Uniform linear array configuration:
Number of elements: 4
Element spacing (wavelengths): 0.75
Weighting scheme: exponential
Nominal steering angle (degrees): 30
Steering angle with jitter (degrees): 30.04
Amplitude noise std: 0.05
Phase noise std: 0.05

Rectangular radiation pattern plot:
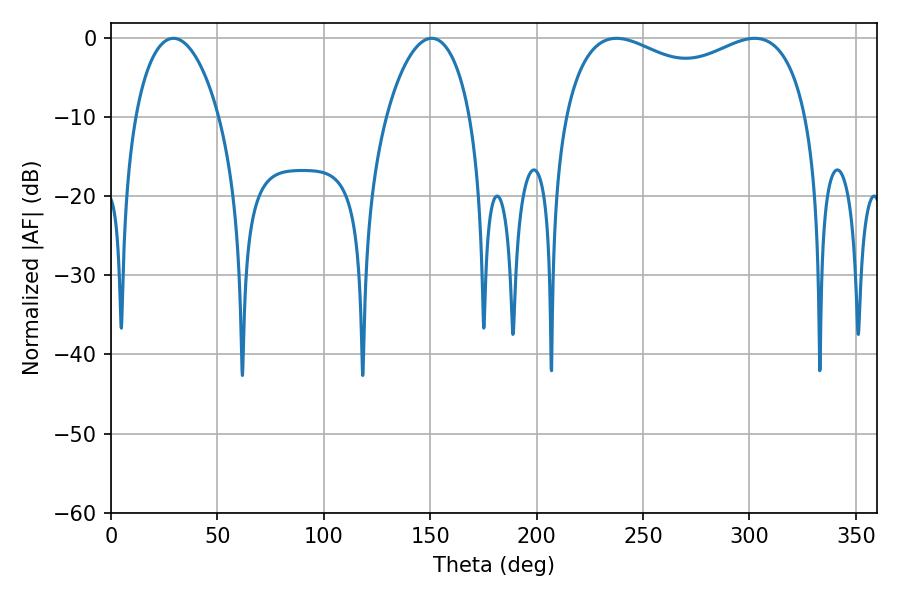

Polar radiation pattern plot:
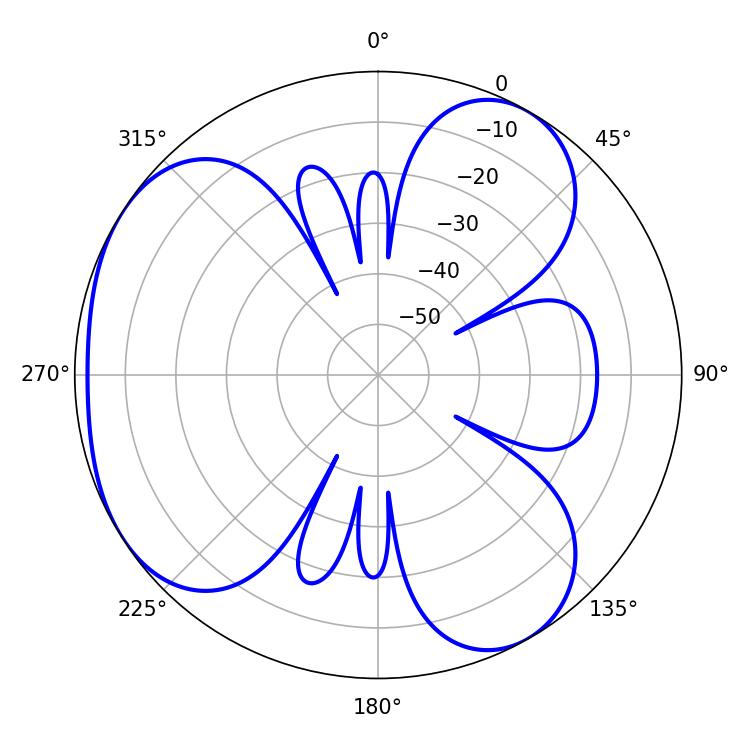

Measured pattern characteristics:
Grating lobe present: TRUE
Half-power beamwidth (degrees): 22.32
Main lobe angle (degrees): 29.34